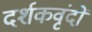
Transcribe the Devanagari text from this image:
दर्शकवृंदों